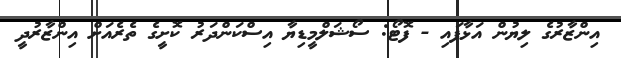
އިންޒާރުގެ ލިޔުން އަޅާފައި - ފޮޓޯ: ސޯޝަލްމީޑިޔާ އިސްކަންދަރު ކޮށީގެ ތެރެއަށް އިންޒާރުދީ